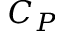
C _ { P }